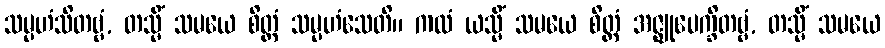
သမ္ပဟံသိတဗ္ဗံ, တသ္မိံ သမယေ စိတ္တံ သမ္ပဟံသေတိ။ ကထံ ယသ္မိံ သမယေ စိတ္တံ အဇ္ဈုပေက္ခိတဗ္ဗံ, တသ္မိံ သမယေ